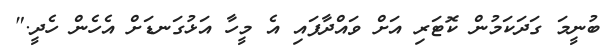
ބުނީމަ ގަދަކަމުން ކޮޓަރި އަށް ވައްދާފައި އެ މީހާ އަޅުގަނޑަށް އެހެން ހެދީ."